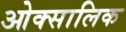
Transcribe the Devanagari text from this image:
ओक्सालिक